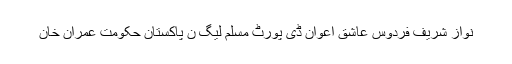
نواز شریف فردوس عاشق اعوان ڈی پورٹ مسلم لیگ ن پاکستان حکومت عمران خان